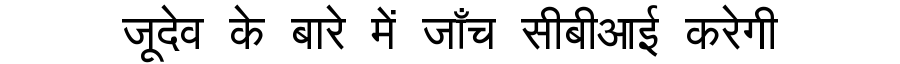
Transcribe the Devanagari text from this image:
जूदेव के बारे में जाँच सीबीआई करेगी